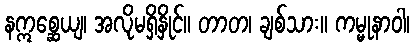
နဣစ္ဆေယျ၊ အလိုမရှိနှိုင်။ တာတ၊ ချစ်သား။ ကမ္မုနာဝါ၊